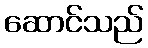
ဆောင်သည်